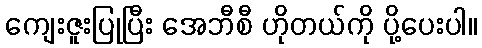
ကျေးဇူးပြုပြီး အေဘီစီ ဟိုတယ်ကို ပို့ပေးပါ။